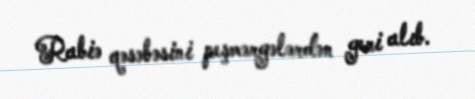
Rabiə qəsəbəsini peşmərgələrdən geri alıb.